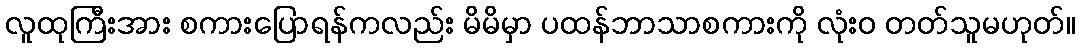
လူထုကြီးအား စကားပြောရန်ကလည်း မိမိမှာ ပထန်ဘာသာစကားကို လုံးဝ တတ်သူမဟုတ်။